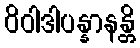
ဝိဝါဒါပန္နာနန္တိ